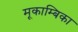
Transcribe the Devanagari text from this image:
मूकाम्‍बिका